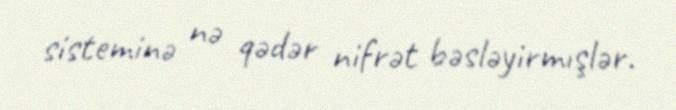
sisteminə nə qədər nifrət bəsləyirmışlər.